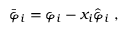
\bar { \varphi } _ { i } = \varphi _ { i } - x _ { i } \hat { \varphi } _ { i } \; ,